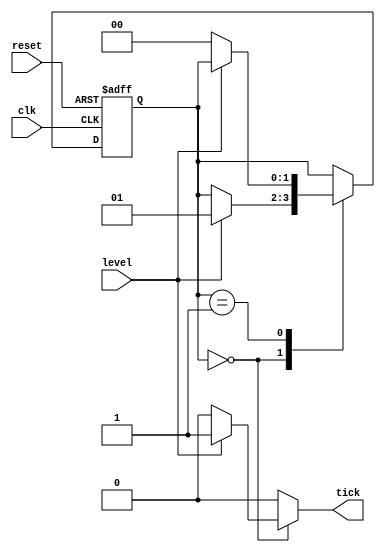
`timescale 1ns / 1ps
//////////////////////////////////////////////////////////////////////////////////
// Company: 
// Engineer: 
// 
// Design Name: 
// Module Name: rising_edge_detector_mealy
// Project Name: 
// Target Devices: 
// Tool Versions: 
// Description: 
// 
// Dependencies: 
// 
// Revision:
// Revision 0.01 - File Created
// Additional Comments:
// 
//////////////////////////////////////////////////////////////////////////////////


module rising_edge_detector_mealy(
    input clk, reset,
    input level,
    output reg tick
    );
    
    //assigns state names to bit values for case statement
    localparam zero = 1'b0, 
                one = 1'b1;
                     
    reg [1:0] state_reg, state_next;
                 
    //D FF 
    always @(posedge clk, posedge reset)
        if(reset)
            state_reg = zero;
        else
            state_reg = state_next;
            
    //Next state logic and output logic
    always @*
        begin
            tick = 1'b0;  //default off since rising/falling edge will happen less often
            state_next = state_reg;
            case(state_reg)
                zero: 
                    if(level)
                        begin
                            tick = 1'b1;
                            state_next = one;
                        end
                one: 
                    if(~level)
                        state_next = zero;
            endcase
        end
        
endmodule